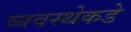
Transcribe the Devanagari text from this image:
व्यवस्थेकडे